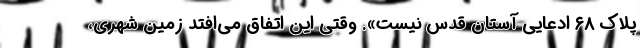
پلاک ۶۸ ادعایی آستان قدس نیست». وقتی این اتفاق می‌افتد زمین شهری،